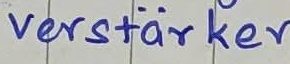
Text: verstärker